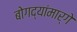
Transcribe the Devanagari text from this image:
बोगद्यांमार्गे